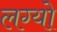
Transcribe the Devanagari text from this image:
लग्यो